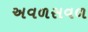
અવળસવળ